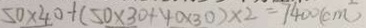
5 0 \times 4 0 + ( 5 0 \times 3 0 + 4 0 \times 3 0 ) \times 2 = 7 4 0 0 ( c m ^ { 2 } )